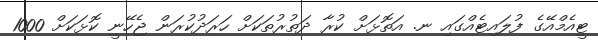
ޓީއެމްއޭގެ ފުލައިޓެއްގައި ނ. އަތޮޅަށް ކުރާ ދަތުރުތަކަށް ހަރަދުކުރަން ޖެހޭނީ ކޮޅަކަށް 1000